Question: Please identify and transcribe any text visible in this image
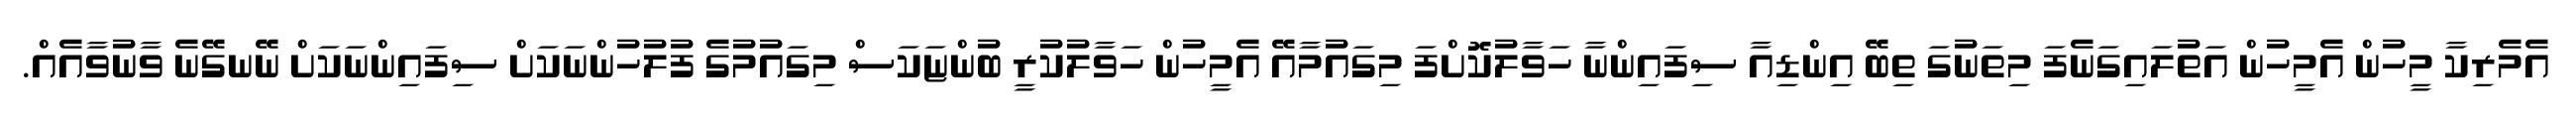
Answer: އެމެރިކާ މީހުން އެމީހުން އަތުލައިގަނެފަ މިތަނުގަ ތިބޭ އިންޑިއާ ސިފައިންނާ ހަވާލުކޮށްފަ މިގައުމާއޭ އެމީހުން ހަވާލުކުރީ ބުންޏަކަސް މިގައުމުގެ ފުލުހުންނަކަށް ސިފައިންނަކަށް ނޭނގޭނެ ވާނުވާއެއް.